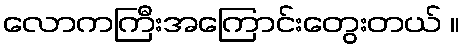
လောကကြီးအကြောင်းတွေးတယ် ။